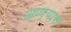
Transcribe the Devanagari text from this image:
आण्यास